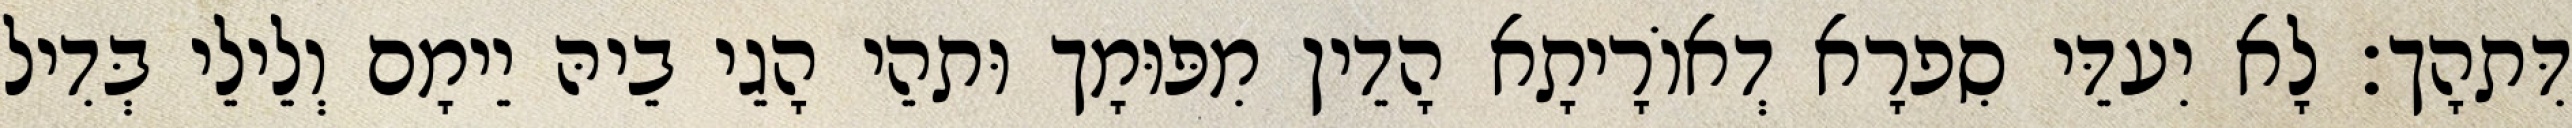
דִּתהָך׃ לָא יִעדֵּי סִפרָא דְאוֹרָיתָא הָדֵין מִפּוּמָך וּתהֵי הָגֵי בֵיהּ יֵימָם וְלֵילֵי בְּדִיל